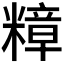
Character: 𮵽